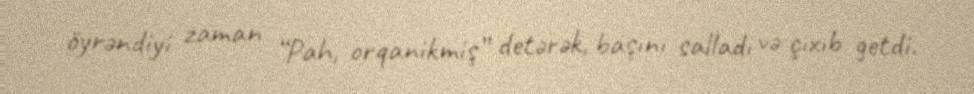
öyrəndiyi zaman “Pah, orqanikmiş” detərək, başını salladı və çıxıb getdi.